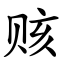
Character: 赅